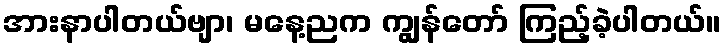
အားနာပါတယ်ဗျာ၊ မနေ့ညက ကျွန်တော် ကြည့်ခဲ့ပါတယ်။